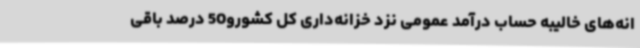
انه‌های خالیبه حساب درآمد عمومی نزد خزانه‌داری کل کشورو50 درصد باقی